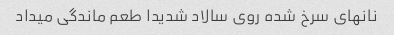
نانهای سرخ شده روی سالاد شدیدا طعم ماندگی میداد